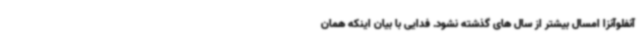
آنفلوآنزا امسال بیشتر از سال های گذشته نشود. فدایی با بیان اینکه همان